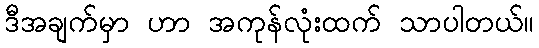
ဒီအချက်မှာ ဟာ အကုန်လုံးထက် သာပါတယ်။